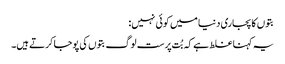
بتوں کا پجاری دنیا میں کوئی نہیں:
یہ کہنا غلط ہے کہ بُت پرست لوگ بتوں کی پوجا کرتے ہیں۔